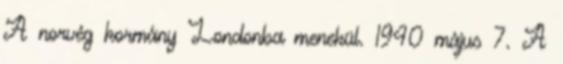
A norvég kormány Londonba menekül. 1940 május 7. A